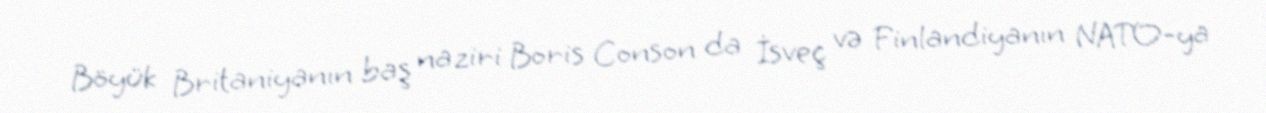
Böyük Britaniyanın baş naziri Boris Conson da İsveç və Finlandiyanın NATO-ya